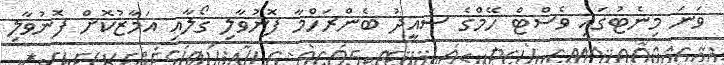
ވަނަ މިނެޓުގައި ވެސްޓް ހޭމްގެ ސައީދު ބެންރަހްމާ ފޮނުވާލި ގޯލާއި އަމާޒުކޮށް ފޮނުވާލި